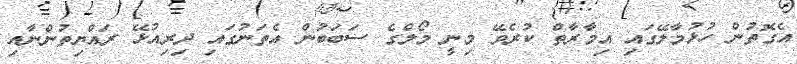
އެގޮތުން ހުޅުމާލޭގައި އިމާރާތް ކުރެވޭ މިނީ މޯލްގެ ސަބަބުން އެތަނުގައި ދިރިއުޅޭ ރައްޔިތުންނާއި